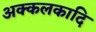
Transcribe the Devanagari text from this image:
अक्कलकादि